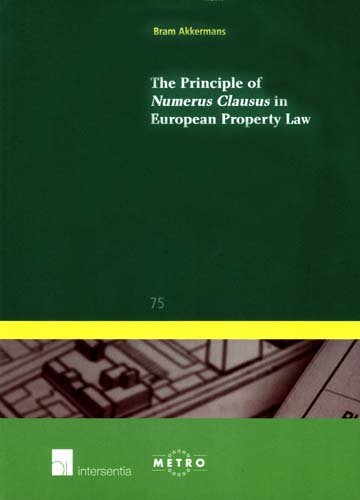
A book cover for The Principle of Numerus Clausus in European Property Law (Ius Commune Europaeum); Bram Akkermans; Law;